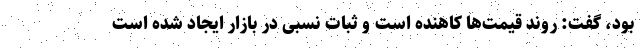
بود، گفت: روند قیمت‌ها کاهنده است و ثبات نسبی در بازار ایجاد شده است